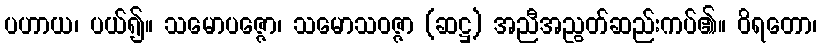
ပဟာယ၊ ပယ်၍။ သမောပဇ္ဇော၊ သမောသဝဇ္ဇာ (ဆဋ္ဌ) အညီအညွတ်ဆည်းကပ်၏။ ဝိရတော၊